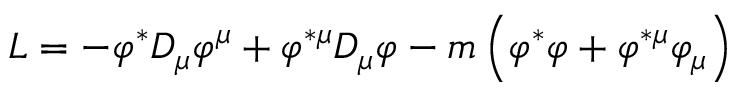
{ \cal L } = - \varphi ^ { \ast } D _ { \mu } \varphi ^ { \mu } + \varphi ^ { \ast \mu } D _ { \mu } \varphi - m \left( \varphi ^ { \ast } \varphi + \varphi ^ { \ast \mu } \varphi _ { \mu } \right)